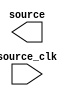
module ghrd_10as066n2_issp_0 (
		input  wire       source_clk, // source_clk.clk
		output wire [2:0] source      //    sources.source
	);
endmodule